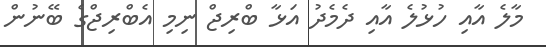
މާލެ އާއި ހުޅުލެ އާއި ދެމެދު އަޅާ ބްރިޖް ނިމި އެބްރިޖްގެ ބޭނުން